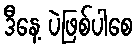
ဒီနေ့ ပဲဖြစ်ပါစေ